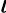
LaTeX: \iota\!